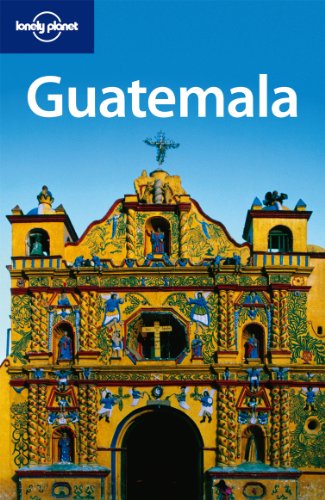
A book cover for Lonely Planet Guatemala (Country Travel Guide); Lucas Vidgen; Travel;